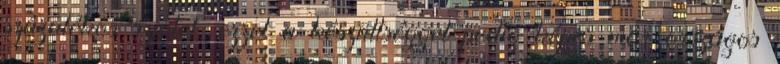
százalékos szintet, ezzel a készültséggel pedig képes már országos